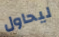
ليحاول